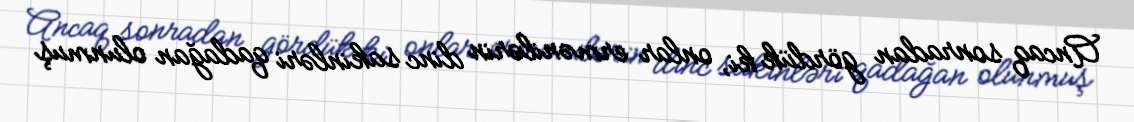
Ancaq sonradan gördük ki, onlar ermənilərin dinc sakinləri qadağan olunmuş